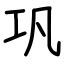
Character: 巩